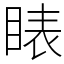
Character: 䁃